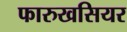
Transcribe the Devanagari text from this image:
फारुखसियर